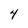
Character: 4